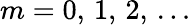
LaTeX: m=0,\, 1,\, 2,\, \dots